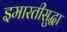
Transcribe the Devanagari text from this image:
इमारतीसुद्धा